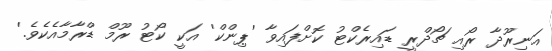
އަނިރޫދާ ރޯއި ޗޯދްރީ ޑައިރެކްޓު ކޮށްފައިވާ 'ޕިންކް' އަކީ ކޯޓު ރޫމް ޑްރާމާއެކެވެ.'